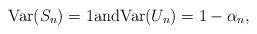
LaTeX: \begin{align*}\mbox{{\rm Var}}(S_{n})=1\mbox{and}\mbox{{\rm Var}}(U_{n})=1-\alpha _{n}, \end{align*}